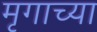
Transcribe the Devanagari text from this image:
मृगाच्या